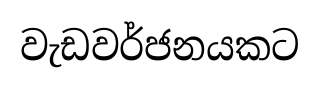
වැඩවර්ජනයකට